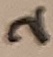
Text: 2